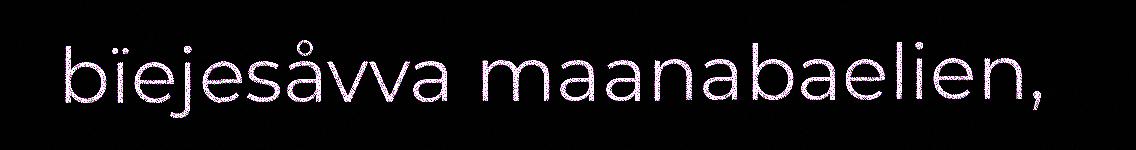
bïejesåvva maanabaelien,